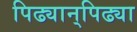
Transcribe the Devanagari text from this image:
पिढ्यान्‌पिढ्या